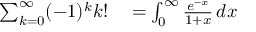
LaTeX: \begin{array} { r l } { \sum _ { k = 0 } ^ { \infty } ( - 1 ) ^ { k } k ! } & { { } = \int _ { 0 } ^ { \infty } { \frac { e ^ { - x } } { 1 + x } } \, d x } \end{array}